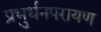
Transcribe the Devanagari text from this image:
प्रभुर्धनपरायण